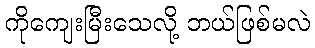
ကိုကျေးမြီးသေလို့ ဘယ်ဖြစ်မလဲ